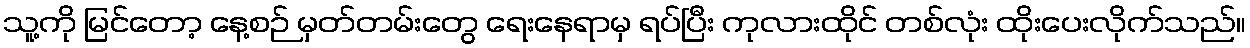
သူ့ကို မြင်တော့ နေ့စဉ် မှတ်တမ်းတွေ ရေးနေရာမှ ရပ်ပြီး ကုလားထိုင် တစ်လုံး ထိုးပေးလိုက်သည်။